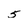
Character: 5